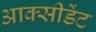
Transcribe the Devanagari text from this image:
आक्सीडेंट